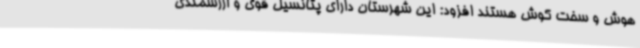
هوش و سخت کوش هستند افزود: این شهرستان دارای پتانسیل قوی و ارزشمندی